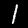
Label: 1